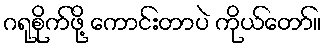
ဂရုစိုက်ဖို့ ကောင်းတာပဲ ကိုယ်တော်။